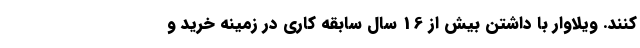
­‌کنند. ویلاوار با داشتن بیش از 16 سال سابقه کاری در زمینه خرید و